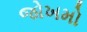
જોખમો